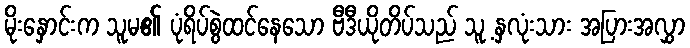
မိုးနှောင်းက သူမ၏ ပုံရိပ်စွဲထင်နေသော ဗီဒီယိုတိပ်သည် သူ့ နှလုံးသား အပြားအလွှာ